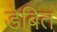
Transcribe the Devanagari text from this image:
डेबित